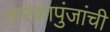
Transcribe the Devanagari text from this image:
तारकापुंजांची